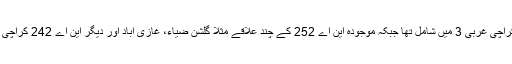
مومن آباد این اے 241 کراچی غربی 3 میں شامل تھا جبکہ موجودہ این اے 252 کے چند علاقے مثلاً گلشنِ ضیاء، غازی آباد اور دیگر این اے 242 کراچی غربی 4 میں شامل تھے۔